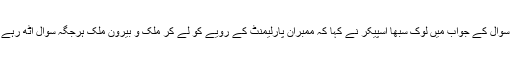
ایک سوال کے جواب میں لوک سبھا اسپیکر نے کہا کہ ممبران پارلیمنٹ کے رویے کو لے کر ملک و بیرون ملک ہرجگہ سوال اٹھ رہے ہیں۔